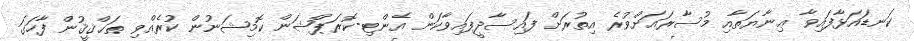
ކަނޑައަޅާފައިވާ ޢިނާޔަތާއި މުސާރައަށްވުރެ އިތުރަށް ފައިސާދީފައިވާކަން އެންޓި-ކޮރަޕްޝަން ކޮމިޝަނުން ކުރެއްވި ތަޙްޤީޤުން ފާހަގަ